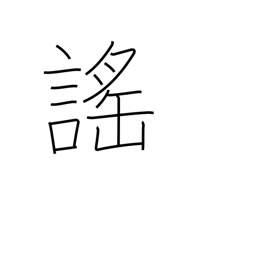
Meaning: chant (esp. Noh)